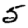
Digit: 5